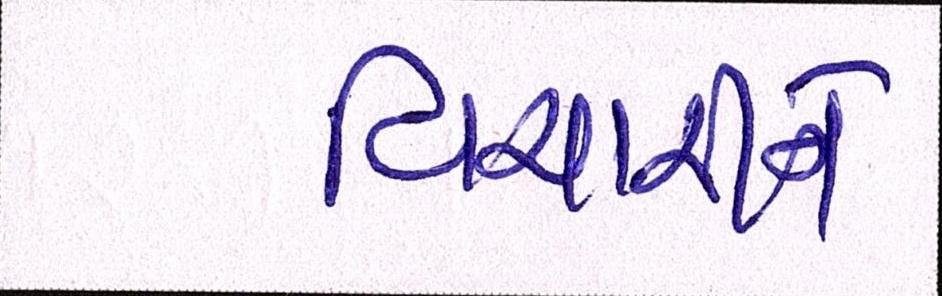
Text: વિચારીને